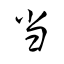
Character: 当